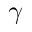
\gamma